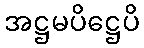
အဋ္ဌမပိဋ္ဌေပိ